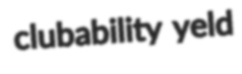
clubability yeld